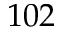
1 0 2